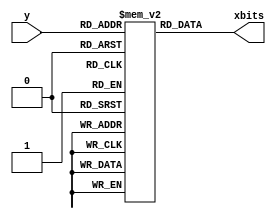
//////////////////////////////////////////////////////////////////////////////////
// Company:         University of Southern California
// 
// Design Name: 
// Module Name:     bitmaps (many modules)
// Project Name:    World War Math
// Target Devices:  Nexys4
// Tool versions: 
// Description:     bitmaps of several characters (letters, spaces, icons, etc.) used within the game
//
// Dependencies: 	None
//
//////////////////////////////////////////////////////////////////////////////////

module W(y, xbits);
    input [4:0] y;
    output [29:0] xbits;
    reg [29:0] bitarray [0:29];
    assign xbits = bitarray[y];
    initial begin
        bitarray[0]  = 30'b000_111000000000_000000000111_000;
		bitarray[1]  = 30'b000_111000000000_000000000111_000;
		bitarray[2]  = 30'b000_111000000000_000000000111_000;
		bitarray[3]  = 30'b000_111000000000_000000000111_000;
		bitarray[4]  = 30'b000_111000000000_000000000111_000;
		bitarray[5]  = 30'b000_011100000000_000000001110_000;
		bitarray[6]  = 30'b000_011100000000_000000001110_000;
		bitarray[7]  = 30'b000_011100000000_000000001110_000;
		bitarray[8]  = 30'b000_011100000000_000000001110_000;
		bitarray[9]  = 30'b000_011100000000_000000001110_000;
		bitarray[10] = 30'b000_001110000000_000000011100_000;
		bitarray[11] = 30'b000_001110000000_000000011100_000;
		bitarray[12] = 30'b000_001110000011_110000011100_000;
		bitarray[13] = 30'b000_001110000011_110000011100_000;
		bitarray[14] = 30'b000_001110000011_110000011100_000;
		bitarray[15] = 30'b000_000111000111_111000111000_000;
		bitarray[16] = 30'b000_000111000111_111000111000_000;
		bitarray[17] = 30'b000_000111000111_111000111000_000;
		bitarray[18] = 30'b000_000111000111_111000111000_000;
		bitarray[19] = 30'b000_000111000111_111000111000_000;
		bitarray[20] = 30'b000_000011101110_011101110000_000;
		bitarray[21] = 30'b000_000011101110_011101110000_000;
		bitarray[22] = 30'b000_000011101110_011101110000_000;
		bitarray[23] = 30'b000_000011101110_011101110000_000;
		bitarray[24] = 30'b000_000011101110_011101110000_000;
		bitarray[25] = 30'b000_000001111000_000111100000_000;
		bitarray[26] = 30'b000_000001111000_000111100000_000;
		bitarray[27] = 30'b000_000001111000_000111100000_000;
		bitarray[28] = 30'b000_000001111000_000111100000_000;
		bitarray[29] = 30'b000_000001111000_000111100000_000;
    end
endmodule

module O(y, xbits);
	input [4:0] y;
	output [29:0] xbits;
	reg [29:0] bitarray[0:29];
	assign xbits = bitarray[y];
	initial begin // 20*20
		bitarray[0]  = 30'b000_000000000111_111000000000_000;
		bitarray[1]  = 30'b000_000000011111_111110000000_000;
		bitarray[2]  = 30'b000_000001111111_111111100000_000;
		bitarray[3]  = 30'b000_000011111111_111111110000_000;
		bitarray[4]  = 30'b000_000111111000_000111111000_000;
		bitarray[5]  = 30'b000_000111100000_000001111000_000;
		bitarray[6]  = 30'b000_001111100000_000001111100_000;
		bitarray[7]  = 30'b000_011111000000_000000111110_000;
		bitarray[8]  = 30'b000_011110000000_000000011110_000;
		bitarray[9]  = 30'b000_011110000000_000000011110_000;
		bitarray[10] = 30'b000_111110000000_000000011111_000;
		bitarray[11] = 30'b000_111100000000_000000001111_000;
		bitarray[12] = 30'b000_111100000000_000000001111_000;
		bitarray[13] = 30'b000_111100000000_000000001111_000;
		bitarray[14] = 30'b000_111100000000_000000001111_000;
		bitarray[15] = 30'b000_111100000000_000000001111_000;
		bitarray[16] = 30'b000_111100000000_000000001111_000;
		bitarray[17] = 30'b000_111100000000_000000001111_000;
		bitarray[18] = 30'b000_111100000000_000000001111_000;
		bitarray[19] = 30'b000_111110000000_000000011111_000;
		bitarray[20] = 30'b000_011110000000_000000011110_000;
		bitarray[21] = 30'b000_011110000000_000000011110_000;
		bitarray[22] = 30'b000_011111000000_000000111110_000;
		bitarray[23] = 30'b000_001111100000_000001111100_000;
		bitarray[24] = 30'b000_000111100000_000001111000_000;
		bitarray[25] = 30'b000_000111111000_000111111000_000;
		bitarray[26] = 30'b000_000011111111_111111110000_000;
		bitarray[27] = 30'b000_000001111111_111111100000_000;
		bitarray[28] = 30'b000_000000011111_111110000000_000;
		bitarray[29] = 30'b000_000000000111_111000000000_000;
	end
endmodule

module R(y, xbits);
	input [4:0] y;
	output [29:0] xbits;
	reg [29:0] bitarray[0:29];
	assign xbits = bitarray[y];
	initial begin // 20*20
		bitarray[0]  = 30'b000_000001111111_111111111111_000;
		bitarray[1]  = 30'b000_000011111111_111111111111_000;
		bitarray[2]  = 30'b000_000111111111_111111111111_000;
		bitarray[3]  = 30'b000_001111000000_000000001111_000;
		bitarray[4]  = 30'b000_011110000000_000000001111_000;
		bitarray[5]  = 30'b000_011110000000_000000001111_000;
		bitarray[6]  = 30'b000_111100000000_000000001111_000;
		bitarray[7]  = 30'b000_111100000000_000000001111_000;
		bitarray[8]  = 30'b000_111100000000_000000001111_000;
		bitarray[9]  = 30'b000_011110000000_000000001111_000;
		bitarray[10] = 30'b000_011110000000_000000001111_000;
		bitarray[11] = 30'b000_001111000000_000000001111_000;
		bitarray[12] = 30'b000_000111111111_111111111111_000;
		bitarray[13] = 30'b000_000011111111_111111111111_000;
		bitarray[14] = 30'b000_000001111111_111111111111_000;
		bitarray[15] = 30'b000_000000000000_001111001111_000;
		bitarray[16] = 30'b000_000000000000_011110001111_000;
		bitarray[17] = 30'b000_000000000000_111100001111_000;
		bitarray[18] = 30'b000_000000000001_111000001111_000;
		bitarray[19] = 30'b000_000000000011_110000001111_000;
		bitarray[20] = 30'b000_000000000111_100000001111_000;
		bitarray[21] = 30'b000_000000001111_000000001111_000;
		bitarray[22] = 30'b000_000000011110_000000001111_000;
		bitarray[23] = 30'b000_000000111100_000000001111_000;
		bitarray[24] = 30'b000_000001111000_000000001111_000;
		bitarray[25] = 30'b000_000011110000_000000001111_000;
		bitarray[26] = 30'b000_000111100000_000000001111_000;
		bitarray[27] = 30'b000_001111000000_000000001111_000;
		bitarray[28] = 30'b000_011110000000_000000001111_000;
		bitarray[29] = 30'b000_111100000000_000000001111_000;
	end
endmodule

module L(y, xbits);
	input [4:0] y;
	output [29:0] xbits;
	reg [29:0] bitarray[0:29];
	assign xbits = bitarray[y];
	initial begin // 20*20
		bitarray[0]  = 30'b000_000000000000_000000011111_000;
		bitarray[1]  = 30'b000_000000000000_000000011111_000;
		bitarray[2]  = 30'b000_000000000000_000000011111_000;
		bitarray[3]  = 30'b000_000000000000_000000011111_000;
		bitarray[4]  = 30'b000_000000000000_000000011111_000;
		bitarray[5]  = 30'b000_000000000000_000000011111_000;
		bitarray[6]  = 30'b000_000000000000_000000011111_000;
		bitarray[7]  = 30'b000_000000000000_000000011111_000;
		bitarray[8]  = 30'b000_000000000000_000000011111_000;
		bitarray[9]  = 30'b000_000000000000_000000011111_000;
		bitarray[10] = 30'b000_000000000000_000000011111_000;
		bitarray[11] = 30'b000_000000000000_000000011111_000;
		bitarray[12] = 30'b000_000000000000_000000011111_000;
		bitarray[13] = 30'b000_000000000000_000000011111_000;
		bitarray[14] = 30'b000_000000000000_000000011111_000;
		bitarray[15] = 30'b000_000000000000_000000011111_000;
		bitarray[16] = 30'b000_000000000000_000000011111_000;
		bitarray[17] = 30'b000_000000000000_000000011111_000;
		bitarray[18] = 30'b000_000000000000_000000011111_000;
		bitarray[19] = 30'b000_000000000000_000000011111_000;
		bitarray[20] = 30'b000_000000000000_000000011111_000;
		bitarray[21] = 30'b000_000000000000_000000011111_000;
		bitarray[22] = 30'b000_000000000000_000000011111_000;
		bitarray[23] = 30'b000_000000000000_000000011111_000;
		bitarray[24] = 30'b000_000000000000_000000011111_000;
		bitarray[25] = 30'b000_000000000000_000000011111_000;
		bitarray[26] = 30'b000_111111111111_111111111111_000;
		bitarray[27] = 30'b000_111111111111_111111111111_000;
		bitarray[28] = 30'b000_111111111111_111111111111_000;
		bitarray[29] = 30'b000_111111111111_111111111111_000;
	end
endmodule

module D(y, xbits);
	input [4:0] y;
	output [29:0] xbits;
	reg [29:0] bitarray[0:29];
	assign xbits = bitarray[y];
	initial begin // 20*20
		bitarray[0]  = 30'b000_000000011111_111111111111_000;
		bitarray[1]  = 30'b000_000000111111_111111111111_000;
		bitarray[2]  = 30'b000_000001111111_111111111111_000;
		bitarray[3]  = 30'b000_000111100000_000000001111_000;
		bitarray[4]  = 30'b000_001111000000_000000001111_000;
		bitarray[5]  = 30'b000_011110000000_000000001111_000;
		bitarray[6]  = 30'b000_111100000000_000000001111_000;
		bitarray[7]  = 30'b000_111100000000_000000001111_000;
		bitarray[8]  = 30'b000_111100000000_000000001111_000;
		bitarray[9]  = 30'b000_111100000000_000000001111_000;
		bitarray[10] = 30'b000_111100000000_000000001111_000;
		bitarray[11] = 30'b000_111100000000_000000001111_000;
		bitarray[12] = 30'b000_111100000000_000000001111_000;
		bitarray[13] = 30'b000_111100000000_000000001111_000;
		bitarray[14] = 30'b000_111100000000_000000001111_000;
		bitarray[15] = 30'b000_111100000000_000000001111_000;
		bitarray[16] = 30'b000_111100000000_000000001111_000;
		bitarray[17] = 30'b000_111100000000_000000001111_000;
		bitarray[18] = 30'b000_111100000000_000000001111_000;
		bitarray[19] = 30'b000_111100000000_000000001111_000;
        bitarray[20] = 30'b000_111100000000_000000001111_000;
		bitarray[21] = 30'b000_111100000000_000000001111_000;
		bitarray[22] = 30'b000_111100000000_000000001111_000;
		bitarray[23] = 30'b000_111100000000_000000001111_000;
		bitarray[24] = 30'b000_011110000000_000000001111_000;
		bitarray[25] = 30'b000_001111000000_000000001111_000;
		bitarray[26] = 30'b000_000111100000_000000001111_000;
		bitarray[27] = 30'b000_000011111111_111111111111_000;
		bitarray[28] = 30'b000_000001111111_111111111111_000;
		bitarray[29] = 30'b000_000000111111_111111111111_000;
	end
endmodule

module A(y, xbits);
	input [4:0] y;
	output [29:0] xbits;
	reg [29:0] bitarray[0:29];
	assign xbits = bitarray[y];
	initial begin // 20*20
		bitarray[0]  = 30'b000_000000000111_111000000000_000;
		bitarray[1]  = 30'b000_000000001111_111100000000_000;
		bitarray[2]  = 30'b000_000000001111_111100000000_000;
		bitarray[3]  = 30'b000_000000011110_011110000000_000;
		bitarray[4]  = 30'b000_000000011110_011110000000_000;
		bitarray[5]  = 30'b000_000000111100_001111000000_000;
		bitarray[6]  = 30'b000_000000111100_001111000000_000;
		bitarray[7]  = 30'b000_000001111000_000111100000_000;
		bitarray[8]  = 30'b000_000001111000_000111100000_000;
		bitarray[9]  = 30'b000_000011110000_000011110000_000;
		bitarray[10] = 30'b000_000011110000_000011110000_000;
		bitarray[11] = 30'b000_000111100000_000001111000_000;
		bitarray[12] = 30'b000_000111100000_000001111000_000;
		bitarray[13] = 30'b000_001111000000_000000111100_000;
		bitarray[14] = 30'b000_001111000000_000000111100_000;
		bitarray[15] = 30'b000_111100000000_000000001111_000;
		bitarray[16] = 30'b000_111100000000_000000001111_000;
		bitarray[17] = 30'b000_111100000000_000000001111_000;
		bitarray[18] = 30'b000_111100000000_000000001111_000;
		bitarray[19] = 30'b000_111111111111_111111111111_000;
		bitarray[20] = 30'b000_111111111111_111111111111_000;
		bitarray[21] = 30'b000_111111111111_111111111111_000;
		bitarray[22] = 30'b000_111111111111_111111111111_000;
		bitarray[23] = 30'b000_111100000000_000000001111_000;
		bitarray[24] = 30'b000_111100000000_000000001111_000;
		bitarray[25] = 30'b000_111100000000_000000001111_000;
		bitarray[26] = 30'b000_111100000000_000000001111_000;
		bitarray[27] = 30'b000_111100000000_000000001111_000;
		bitarray[28] = 30'b000_111100000000_000000001111_000;
		bitarray[29] = 30'b000_111100000000_000000001111_000;
	end
endmodule

module M(y, xbits);
	input [4:0] y;
	output [29:0] xbits;
	reg [29:0] bitarray[0:29];
	assign xbits = bitarray[y];
	initial begin // 20*20
		bitarray[0]  = 30'b000_111100000000_000000001111_000;
		bitarray[1]  = 30'b000_111100000000_000000001111_000;
		bitarray[2]  = 30'b000_111111000000_000000111111_000;
		bitarray[3]  = 30'b000_111111000000_000000111111_000;
		bitarray[4]  = 30'b000_111011110000_000011110111_000;
		bitarray[5]  = 30'b000_111011110000_000011110111_000;
		bitarray[6]  = 30'b000_111000111100_001111000111_000;
		bitarray[7]  = 30'b000_111000111100_001111000111_000;
		bitarray[8]  = 30'b000_111000001111_111100000111_000;
		bitarray[9]  = 30'b000_111000001111_111100000111_000;
		bitarray[10] = 30'b000_111000000111_111000000111_000;
		bitarray[11] = 30'b000_111000000011_110000000111_000;
		bitarray[12] = 30'b000_111000000001_100000000111_000;
		bitarray[13] = 30'b000_111000000000_000000000111_000;
		bitarray[14] = 30'b000_111000000000_000000000111_000;
		bitarray[15] = 30'b000_111000000000_000000000111_000;
		bitarray[16] = 30'b000_111000000000_000000000111_000;
		bitarray[17] = 30'b000_111000000000_000000000111_000;
		bitarray[18] = 30'b000_111000000000_000000000111_000;
		bitarray[19] = 30'b000_111000000000_000000000111_000;
		bitarray[20] = 30'b000_111000000000_000000000111_000;
		bitarray[21] = 30'b000_111000000000_000000000111_000;
		bitarray[22] = 30'b000_111000000000_000000000111_000;
		bitarray[23] = 30'b000_111000000000_000000000111_000;
		bitarray[24] = 30'b000_111000000000_000000000111_000;
		bitarray[25] = 30'b000_111000000000_000000000111_000;
		bitarray[26] = 30'b000_111000000000_000000000111_000;
		bitarray[27] = 30'b000_111000000000_000000000111_000;
        bitarray[28] = 30'b000_111000000000_000000000111_000;
		bitarray[29] = 30'b000_111000000000_000000000111_000;
	end
endmodule

module T(y, xbits);
	input [4:0] y;
	output [29:0] xbits;
	reg [29:0] bitarray[0:29];
	assign xbits = bitarray[y];
	initial begin // 20*20
		bitarray[0]  = 30'b000_111111111111_111111111111_000;
		bitarray[1]  = 30'b000_111111111111_111111111111_000;
		bitarray[2]  = 30'b000_111111111111_111111111111_000;
		bitarray[3]  = 30'b000_000000000011_110000000000_000;
		bitarray[4]  = 30'b000_000000000011_110000000000_000;
		bitarray[5]  = 30'b000_000000000011_110000000000_000;
		bitarray[6]  = 30'b000_000000000011_110000000000_000;
		bitarray[7]  = 30'b000_000000000011_110000000000_000;
		bitarray[8]  = 30'b000_000000000011_110000000000_000;
		bitarray[9]  = 30'b000_000000000011_110000000000_000;
		bitarray[10] = 30'b000_000000000011_110000000000_000;
		bitarray[11] = 30'b000_000000000011_110000000000_000;
		bitarray[12] = 30'b000_000000000011_110000000000_000;
		bitarray[13] = 30'b000_000000000011_110000000000_000;
		bitarray[14] = 30'b000_000000000011_110000000000_000;
		bitarray[15] = 30'b000_000000000011_110000000000_000;
		bitarray[16] = 30'b000_000000000011_110000000000_000;
		bitarray[17] = 30'b000_000000000011_110000000000_000;
		bitarray[18] = 30'b000_000000000011_110000000000_000;
		bitarray[19] = 30'b000_000000000011_110000000000_000;
		bitarray[20] = 30'b000_000000000011_110000000000_000;
		bitarray[21] = 30'b000_000000000011_110000000000_000;
		bitarray[22] = 30'b000_000000000011_110000000000_000;
		bitarray[23] = 30'b000_000000000011_110000000000_000;
		bitarray[24] = 30'b000_000000000011_110000000000_000;
		bitarray[25] = 30'b000_000000000011_110000000000_000;
		bitarray[26] = 30'b000_000000000011_110000000000_000;
		bitarray[27] = 30'b000_000000000011_110000000000_000;
		bitarray[28] = 30'b000_000000000011_110000000000_000;
		bitarray[29] = 30'b000_000000000011_110000000000_000;
	end
endmodule

module H(y,xbits);
    input [4:0] y;
    output [29:0] xbits;
    reg [29:0] bitarray[0:29];
    assign xbits = bitarray[y];
    initial begin
        bitarray[0]  = 30'b000_111000000000_000000000111_000;
		bitarray[1]  = 30'b000_111000000000_000000000111_000;
		bitarray[2]  = 30'b000_111000000000_000000000111_000;
		bitarray[3]  = 30'b000_111000000000_000000000111_000;
		bitarray[4]  = 30'b000_111000000000_000000000111_000;
		bitarray[5]  = 30'b000_111000000000_000000000111_000;
		bitarray[6]  = 30'b000_111000000000_000000000111_000;
		bitarray[7]  = 30'b000_111000000000_000000000111_000;
		bitarray[8]  = 30'b000_111000000000_000000000111_000;
		bitarray[9]  = 30'b000_111000000000_000000000111_000;
		bitarray[10] = 30'b000_111000000000_000000000111_000;
		bitarray[11] = 30'b000_111000000000_000000000111_000;
		bitarray[12] = 30'b000_111000000000_000000000111_000;
		bitarray[13] = 30'b000_111000000000_000000000111_000;
		bitarray[14] = 30'b000_111000000000_000000000111_000;
		bitarray[15] = 30'b000_111111111111_111111111111_000;
		bitarray[16] = 30'b000_111111111111_111111111111_000;
		bitarray[17] = 30'b000_111111111111_111111111111_000;
		bitarray[18] = 30'b000_111000000000_000000000111_000;
		bitarray[19] = 30'b000_111000000000_000000000111_000;
		bitarray[20] = 30'b000_111000000000_000000000111_000;
		bitarray[21] = 30'b000_111000000000_000000000111_000;
		bitarray[22] = 30'b000_111000000000_000000000111_000;
		bitarray[23] = 30'b000_111000000000_000000000111_000;
		bitarray[24] = 30'b000_111000000000_000000000111_000;
		bitarray[25] = 30'b000_111000000000_000000000111_000;
		bitarray[26] = 30'b000_111000000000_000000000111_000;
		bitarray[27] = 30'b000_111000000000_000000000111_000;
		bitarray[28] = 30'b000_111000000000_000000000111_000;
		bitarray[29] = 30'b000_111000000000_000000000111_000;
    end
endmodule

module _(y, xbits);
	input [4:0] y;
	output [29:0] xbits;
	reg [29:0] bitarray[0:29];
	assign xbits = bitarray[y];
	initial begin // 20*20
		bitarray[0]  = 30'b000_000000000000_000000000000_000;
		bitarray[1]  = 30'b000_000000000000_000000000000_000;
		bitarray[2]  = 30'b000_000000000000_000000000000_000;
		bitarray[3]  = 30'b000_000000000000_000000000000_000;
		bitarray[4]  = 30'b000_000000000000_000000000000_000;
		bitarray[5]  = 30'b000_000000000000_000000000000_000;
		bitarray[6]  = 30'b000_000000000000_000000000000_000;
		bitarray[7]  = 30'b000_000000000000_000000000000_000;
		bitarray[8]  = 30'b000_000000000000_000000000000_000;
		bitarray[9]  = 30'b000_000000000000_000000000000_000;
		bitarray[10] = 30'b000_000000000000_000000000000_000;
		bitarray[11] = 30'b000_000000000000_000000000000_000;
		bitarray[12] = 30'b000_000000000000_000000000000_000;
		bitarray[13] = 30'b000_000000000000_000000000000_000;
		bitarray[14] = 30'b000_000000000000_000000000000_000;
		bitarray[15] = 30'b000_000000000000_000000000000_000;
		bitarray[16] = 30'b000_000000000000_000000000000_000;
		bitarray[17] = 30'b000_000000000000_000000000000_000;
		bitarray[18] = 30'b000_000000000000_000000000000_000;
		bitarray[19] = 30'b000_000000000000_000000000000_000;
		bitarray[20] = 30'b000_000000000000_000000000000_000;
		bitarray[21] = 30'b000_000000000000_000000000000_000;
		bitarray[22] = 30'b000_000000000000_000000000000_000;
		bitarray[23] = 30'b000_000000000000_000000000000_000;
		bitarray[24] = 30'b000_000000000000_000000000000_000;
		bitarray[25] = 30'b000_000000000000_000000000000_000;
		bitarray[26] = 30'b000_000000000000_000000000000_000;
		bitarray[27] = 30'b000_000000000000_000000000000_000;
		bitarray[28] = 30'b000_000000000000_000000000000_000;
		bitarray[29] = 30'b000_000000000000_000000000000_000;
	end
endmodule

module I(y, xbits);
	input [4:0] y;
	output [29:0] xbits;
	reg [29:0] bitarray[0:29];
	assign xbits = bitarray[y];
	initial begin // 20*20
		bitarray[0]  = 30'b000_000011111111_111111110000_000;
		bitarray[1]  = 30'b000_000011111111_111111110000_000;
		bitarray[2]  = 30'b000_000000001111_111100000000_000;
		bitarray[3]  = 30'b000_000000000111_110000000000_000;
		bitarray[4]  = 30'b000_000000000011_110000000000_000;
		bitarray[5]  = 30'b000_000000000011_110000000000_000;
		bitarray[6]  = 30'b000_000000000011_110000000000_000;
		bitarray[7]  = 30'b000_000000000011_110000000000_000;
		bitarray[8]  = 30'b000_000000000011_110000000000_000;
		bitarray[9]  = 30'b000_000000000011_110000000000_000;
		bitarray[10] = 30'b000_000000000011_110000000000_000;
		bitarray[11] = 30'b000_000000000011_110000000000_000;
		bitarray[12] = 30'b000_000000000011_110000000000_000;
		bitarray[13] = 30'b000_000000000011_110000000000_000;
		bitarray[14] = 30'b000_000000000011_110000000000_000;
		bitarray[15] = 30'b000_000000000011_110000000000_000;
		bitarray[16] = 30'b000_000000000011_110000000000_000;
		bitarray[17] = 30'b000_000000000011_110000000000_000;
		bitarray[18] = 30'b000_000000000011_110000000000_000;
		bitarray[19] = 30'b000_000000000011_110000000000_000;
		bitarray[20] = 30'b000_000000000011_110000000000_000;
		bitarray[21] = 30'b000_000000000011_110000000000_000;
		bitarray[22] = 30'b000_000000000011_110000000000_000;
		bitarray[23] = 30'b000_000000000011_110000000000_000;
		bitarray[24] = 30'b000_000000000011_110000000000_000;
		bitarray[25] = 30'b000_000000000011_110000000000_000;
		bitarray[26] = 30'b000_000000000111_111000000000_000;
		bitarray[27] = 30'b000_000000001111_111100000000_000;
		bitarray[28] = 30'b000_000011111111_111111110000_000;
		bitarray[29] = 30'b000_000011111111_111111110000_000;
	end
endmodule

module N(y, xbits);
	input [4:0] y;
	output [29:0] xbits;
	reg [29:0] bitarray[0:29];
	assign xbits = bitarray[y];
	initial begin // 20*20
		bitarray[0]  = 30'b000_111100000000_000000111111_000;
		bitarray[1]  = 30'b000_111100000000_000001111111_000;
		bitarray[2]  = 30'b000_111100000000_000001111111_000;
		bitarray[3]  = 30'b000_111100000000_000011101111_000;
		bitarray[4]  = 30'b000_111100000000_000011101111_000;
		bitarray[5]  = 30'b000_111100000000_000111001111_000;
		bitarray[6]  = 30'b000_111100000000_000111001111_000;
		bitarray[7]  = 30'b000_111100000000_001110001111_000;
		bitarray[8]  = 30'b000_111100000000_001110001111_000;
		bitarray[9]  = 30'b000_111100000000_011100001111_000;
		bitarray[10] = 30'b000_111100000000_011100001111_000;
		bitarray[11] = 30'b000_111100000000_111000001111_000;
		bitarray[12] = 30'b000_111100000000_111000001111_000;
		bitarray[13] = 30'b000_111100000001_110000001111_000;
		bitarray[14] = 30'b000_111100000001_110000001111_000;
		bitarray[15] = 30'b000_111100000011_100000001111_000;
		bitarray[16] = 30'b000_111100000011_100000001111_000;
		bitarray[17] = 30'b000_111100000111_000000001111_000;
		bitarray[18] = 30'b000_111100000111_000000001111_000;
		bitarray[19] = 30'b000_111100001110_000000001111_000;
		bitarray[20] = 30'b000_111100001110_000000001111_000;
		bitarray[21] = 30'b000_111100011100_000000001111_000;
		bitarray[22] = 30'b000_111100011100_000000001111_000;
		bitarray[23] = 30'b000_111100111000_000000001111_000;
		bitarray[24] = 30'b000_111100111000_000000001111_000;
		bitarray[25] = 30'b000_111101110000_000000001111_000;
		bitarray[26] = 30'b000_111101110000_000000001111_000;
		bitarray[27] = 30'b000_111111100000_000000001111_000;
		bitarray[28] = 30'b000_111111100000_000000001111_000;
		bitarray[29] = 30'b000_111111000000_000000001111_000;
	end
endmodule

module CANNON(y, xbits);
	input [3:0] y;
	output [13:0] xbits;
	reg [39:0] bitarray[0:13];
	assign xbits = bitarray[y];
	initial begin
		bitarray[0]  = 40'b00000_001111000000001_100000000000000_00000;
		bitarray[1]  = 40'b00000_000111100011111_111110000000000_00000;
		bitarray[2]  = 40'b00000_000011111111111_111111100000000_00000;
		bitarray[3]  = 40'b00000_000001111111111_111111111000000_00000;
		bitarray[4]  = 40'b00000_000001111111111_111111111100000_00000;
		bitarray[5]  = 40'b00000_000011111111111_111111111110000_00000;
		bitarray[6]  = 40'b00000_000011111111111_111111111110000_00000;
		bitarray[8]  = 40'b00000_000011111111111_111111111110000_00000;
		bitarray[9]  = 40'b00000_000011111111111_111111111110000_00000;
		bitarray[10] = 40'b00000_000011111111111_111111111110000_00000;
		bitarray[11] = 40'b00000_000011111111111_111111111110000_00000;
		bitarray[12] = 40'b00000_000011111111111_111111111110000_00000;
		bitarray[13] = 40'b00000_000011111111111_111111111110000_00000;
	end
endmodule